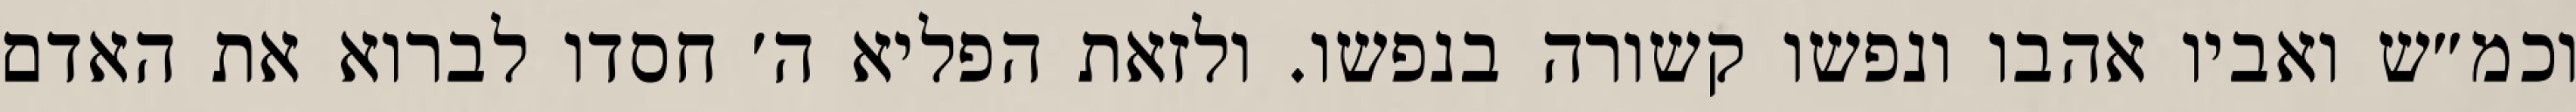
וכמ״ש ואביו אהבו ונפשו קשורה בנפשו. ולזאת הפליא ה׳ חסדו לברוא את האדם